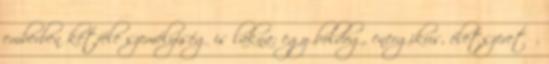
emberben kétféle személyiség is lakna: egy boldog, energikus, életszerető,